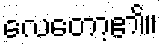
လေတော့၏။